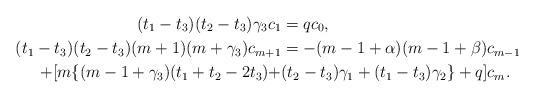
LaTeX: \begin{align*}(t_{1}-t_{3})(t_{2}-t_{3})\gamma_{3}c_{1} & =qc_{0},\\(t_{1}-t_{3})(t_{2}-t_{3})(m+1)(m+\gamma_{3})c_{m+1} & =-(m-1+\alpha)(m-1+\beta)c_{m-1} \\+[m\{(m-1+\gamma_{3})(t_{1}+t_{2}-2t_{3})+ & (t_{2}-t_{3})\gamma_{1}+(t_{1}-t_{3})\gamma_{2}\}+q]c_{m}.\end{align*}